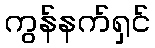
ကွန်နက်ရှင်